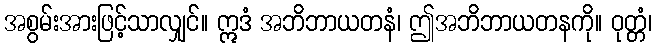
အစွမ်းအားဖြင့်သာလျှင်။ ဣဒံ အဘိဘာယတနံ၊ ဤအဘိဘာယတနကို။ ဝုတ္တံ၊